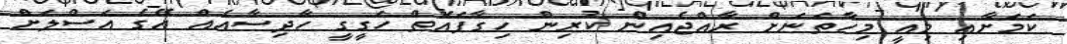
ކަމަށާއި މިއީ މިހާތަނަށް ރާއްޖެއިން ކުރިން ހިގާފައޮތް ހަގީގީ ހާދިސާއެއް އޭގެ އަސްލަށް